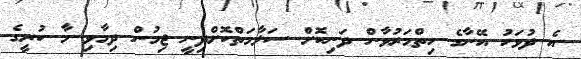
އެ ދުވަހު އޭނާގެ ހިތްމަރުވާން ދަނިކޮށް ސަލާމަތްކޮށްދިނީ ޖިމުން ދިމާވި މާ ކުރީގެ